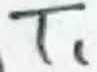
Text: T1